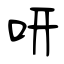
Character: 咞